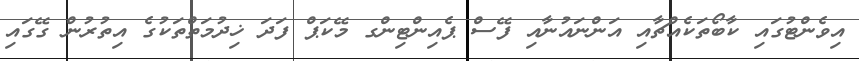
އިވެންޓުގައި ކާބޯތަކެއްޗާއި އަންނައުނާއި ފޭސް ޕެއިންޓިންގ މޭކަޕް ފަދަ ޚިދުމަތްތަކުގެ އިތުރުން ގޭގައި